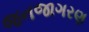
જનજાગરણ